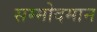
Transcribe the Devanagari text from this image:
सम्मोदमान